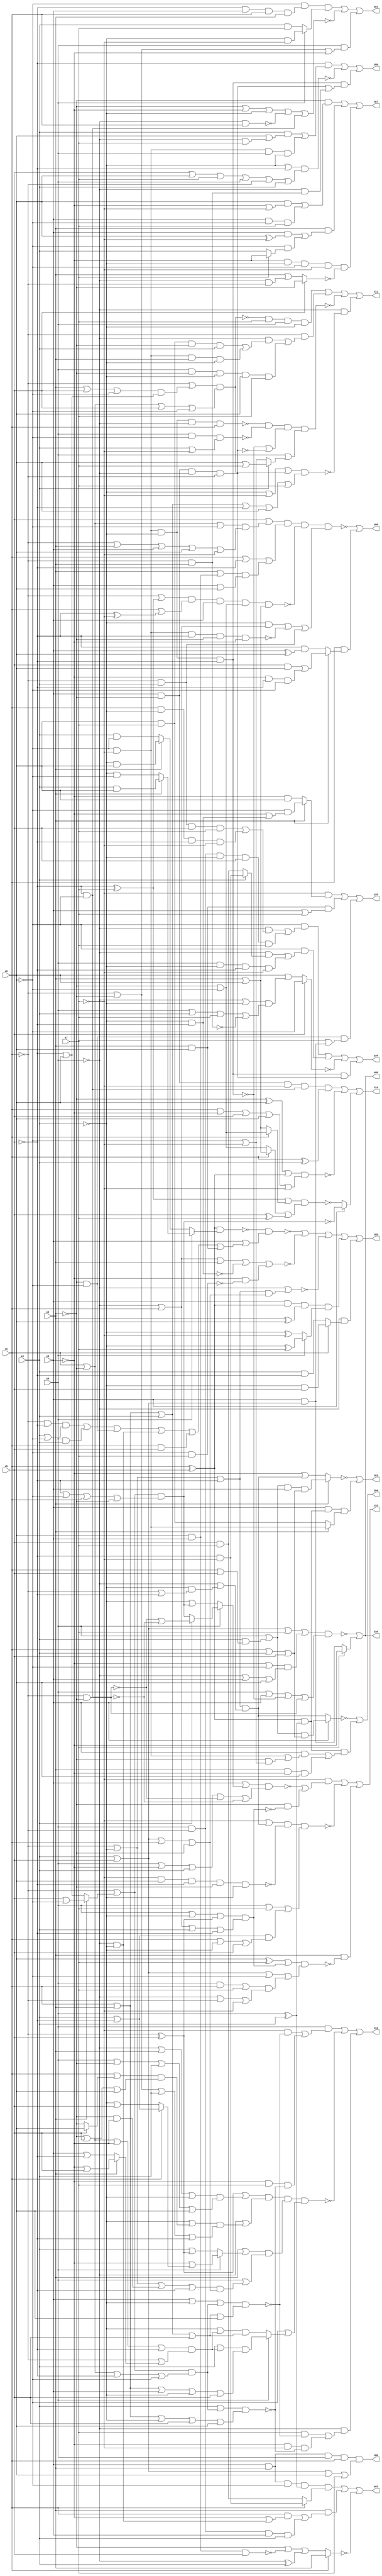
// Benchmark "q_1" written by ABC on Mon Feb 27 16:34:52 2023

module q_1 ( 
    x0, x1, x2, x3, x4, x5, x6, x7,
    z00, z01, z02, z03, z04, z05, z06, z07, z08, z09, z10, z11, z12, z13,
    z14, z15, z16  );
  input  x0, x1, x2, x3, x4, x5, x6, x7;
  output z00, z01, z02, z03, z04, z05, z06, z07, z08, z09, z10, z11, z12, z13,
    z14, z15, z16;
  wire n27, n29, n30, n31, n32, n34, n35, n36, n37, n39, n40, n42, n44, n45,
    n46, n47, n48, n49, n50, n51, n52, n53, n55, n56, n57, n58, n60, n62,
    n63, n64, n66, n67, n68, n69, n71, n72, n73, n75, n76, n77, n78, n79,
    n80, n81, n82, n84, n85, n86, n87, n88, n89, n90, n91, n93, n94, n95,
    n96, n97, n98, n100, n101, n102;
  assign z00 = n27 & (x4 | x5 | x6 | x7);
  assign n27 = x3 & x2 & x0 & x1;
  assign z01 = n29 | ~n31 | (x0 & (~x1 | ~x2 | ~x3));
  assign n29 = ~x6 & n30 & (x0 ? (~x4 & ~x7) : (x4 & x7));
  assign n30 = ~x5 & x3 & x1 & x2;
  assign n31 = ~x2 | ~x3 | ~x4 | ~n32 | (~x5 & ~x6);
  assign n32 = ~x0 & x1;
  assign z02 = (n35 & (x1 ? (~x5 & ~x7) : (x5 & x7))) | n34 | ~n36;
  assign n34 = x2 & ((x1 & (~x3 | (~x0 & ~x4))) | (x0 & ~x1 & x3 & x4));
  assign n35 = x2 & x3 & ~x6 & (x0 ^ x4);
  assign n36 = x1 ? x2 : (~x2 | ~n37 | (~x0 ^ x4));
  assign n37 = x6 & x3 & x5;
  assign z03 = ~n40 | (x3 & n39 & (x2 ? (~x6 & ~x7) : (x6 & x7)));
  assign n39 = (x1 ^ x5) & (x0 ^ x4);
  assign n40 = x2 ? ((x0 | (x4 & (x1 | x5))) & x3 & (x1 | x4 | x5)) : (~x3 | ((~x0 | (~x4 & (~x1 | ~x5))) & (~x1 | ~x4 | ~x5)));
  assign z04 = ~n42 | (n39 & ((x3 & ((~x6 & ~x7) | (~x2 & (~x6 | ~x7)))) | (x2 & ~x3 & x6)));
  assign n42 = x3 ? ((x0 | (x4 & (x1 | x5))) & (x1 | x4 | x5)) : ((~x0 | (~x4 & (~x1 | ~x5))) & (~x1 | ~x4 | ~x5));
  assign z05 = ~n51 | ~n48 | ~n47 | n44 | n46;
  assign n44 = n45 & (x0 ? (~x4 ^ x7) : (~x4 ^ ~x7));
  assign n45 = x3 & (x1 ^ x5) & (x2 ^ x6);
  assign n46 = ~x0 & (x1 ? (~x4 & x5) : (x4 & ~x5));
  assign n47 = ~x0 | ((~x1 | ~x4 | ~x5) & (x4 | x5 | x1 | ~x2));
  assign n48 = ~x0 | x1 | x2 | ~n49 | (~x3 & ~n50);
  assign n49 = ~x4 & ~x5;
  assign n50 = ~x6 & x7;
  assign n51 = ~n52 & (x3 | n53);
  assign n52 = (x1 ^ x5) & (x0 ? (x2 ? (x4 & x6) : (~x4 & ~x6)) : (x2 ? (~x4 & x6) : (x4 & ~x6)));
  assign n53 = (~x1 & ~x5 & (x4 | ~x6)) | (x0 & x4) | (~x2 & ~x6) | (~x0 & ~x4) | (x1 & x5) | (x2 & x6);
  assign z06 = ~n55 | (x1 & (x2 ? ((x5 & x6) | (~x3 & ~x5 & ~x6)) : (~x5 & (x3 ^ x6))));
  assign n55 = n56 & ~n57 & ((~x4 & (~x0 | x1)) | ~n58 | (~x1 & x4));
  assign n56 = (x5 | ((x1 | ~x2 | ~x6) & (~x1 | x2 | x3 | x6 | ~x7))) & (x1 | ~x5 | ((x2 | (x3 & x6)) & (x3 | x6)));
  assign n57 = (~x1 | (~x5 ^ x7)) & (x1 | (~x5 ^ ~x7)) & x3 & (~x2 | ~x6) & (x2 | x6);
  assign n58 = ~x7 & ~x6 & ~x5 & ~x2 & ~x3;
  assign z07 = (~x2 & ((x6 & (~x3 | ~x7)) | (x3 & ~x6 & x7))) | (x2 & ((x3 & (x6 ^ ~x7)) | (~x6 & (x7 ? ~x3 : x4)))) | (~x3 & ~x4 & ~x6 & ~x7 & ~n60);
  assign n60 = x5 ? ~x2 : (x2 | (~x0 & ~x1));
  assign z08 = ~n62 | (x7 ? ~x3 : (x3 & (x4 | x5)));
  assign n62 = n63 & (x0 | x3 | ~n64 | (~x1 & ~x2));
  assign n63 = x4 | x5 | x7 | ((~x3 | ~x6) & (~x0 | x3 | x6));
  assign n64 = ~x7 & ~x6 & ~x4 & ~x5;
  assign z09 = n67 | ~n68 | (n64 & (n69 | (~x0 & n66)));
  assign n66 = ~x1 & x2;
  assign n67 = ~x5 & ((x4 & (x6 | (~x0 & x7))) | (~x6 & ~x7 & x0 & ~x4));
  assign n68 = (~x4 | ~x5) & (x5 | x6 | x7 | x0 | ~x1 | x4);
  assign n69 = x3 & ~x2 & ~x0 & ~x1;
  assign z10 = n71 | n72 | ~n73 | (n64 & n69);
  assign n71 = ~x6 & ((~x0 & ((~x1 & x4 & x5 & x7) | (x1 & ~x4 & ~x5 & ~x7))) | (x0 & ~x1 & ~x4 & x5 & x7));
  assign n72 = ~x6 & ((~x0 & (x4 ? (~x5 & ~x7) : (x5 & x7))) | (x0 & ~x4 & ~x5 & ~x7));
  assign n73 = x5 ? ~x6 : (x6 | ((~x0 | ~x4) & (x0 | x4 | x7 | ~n66)));
  assign z11 = n76 | n78 | ~n79 | (~x0 & ~n75);
  assign n75 = (~x4 | ~x7 | ((~x1 | ((x2 | x5 | ~x6) & (~x5 | x6))) & (x1 | ~x2 | x5 | ~x6))) & (x1 | x2 | x4 | ~x5 | x6 | x7);
  assign n76 = ~n77 & x7 & x0 & ~x4;
  assign n77 = (~x1 | ((~x5 | x6) & (x2 | x5 | ~x6))) & (x1 | ~x2 | x5 | ~x6);
  assign n78 = ~x1 & ((~x0 & ((x6 & x7 & ~x2 & x4) | (~x6 & ~x7 & x2 & ~x4))) | (x0 & ~x2 & ~x4 & x6 & x7));
  assign n79 = ~n81 & ~n82 & (~n64 | ~n69) & (x0 | n80);
  assign n80 = x4 ? (x6 | x7) : (~x6 | ~x7);
  assign n81 = ~x7 & ~x6 & ~x4 & ~x0 & x1;
  assign n82 = x0 & ~x6 & (x4 | ~x7);
  assign z12 = (~x7 & (~n84 | (~x2 & ~n89))) | ~n90 | (x2 & ~n88);
  assign n84 = (x3 | (x0 ? (x4 ? (~n85 | ~n86) : n87) : (~x4 | n87))) & (x0 | ~x3 | x4 | ~n85 | ~n86);
  assign n85 = ~x1 & ~x2;
  assign n86 = ~x5 & ~x6;
  assign n87 = (~x1 | (x2 ? (x5 | ~x6) : (~x5 | x6))) & (~x5 | ~x6 | x1 | ~x2);
  assign n88 = ((x6 ^ x7) | ((x0 | ~x4 | (~x1 ^ x5)) & (~x0 | x1 | x4 | ~x5))) & (x4 | x5 | ~x6 | (((x0 & x1) | x7) & (~x0 | ~x1 | ~x7)));
  assign n89 = (x0 | ~x4 | (~x1 ^ x5)) & (~x0 | x1 | x4 | ~x5);
  assign n90 = (~x7 | ((~x1 | ~x4 | ~x5) & (~x0 | (~x4 & (~x1 | ~x5))))) & ~n91 & (x0 | x7 | ((x4 | ~x5) & (x1 | ~x4 | x5)));
  assign n91 = ~x7 & x6 & ~x5 & ~x2 & ~x4;
  assign z13 = (x0 & ((~x7 & ~n93) | (~x3 & x7 & ~n94))) | ~n95 | (~x0 & ((x7 & ~n93) | (~x3 & ~x7 & ~n94)));
  assign n93 = (x3 | ~x4 | ((~x1 | (x2 ? (x5 | ~x6) : (~x5 | x6))) & (x1 | ~x2 | ~x5 | ~x6))) & (x1 | x2 | x4 | x5 | x6);
  assign n94 = (x4 | ((~x1 | (x2 ? (x5 | ~x6) : (~x5 | x6))) & (x1 | ~x2 | ~x5 | ~x6))) & (x1 | x2 | ~x4 | x5 | x6);
  assign n95 = n97 & n98 & (~x6 | n96);
  assign n96 = x0 ? ((x4 | ((x1 | ~x2 | ~x3 | ~x5) & (~x1 | (x2 ? (~x3 | x5) : (x3 | ~x5))))) & (x1 | x2 | x3 | ~x4 | x5)) : ((~x4 | ((x1 | ~x2 | ~x3 | ~x5) & (~x1 | (x2 ? (~x3 | x5) : (x3 | ~x5))))) & (x1 | x2 | x4 | x5));
  assign n97 = ((~x1 ^ x5) | ((~x0 | x2 | ~x4) & (x0 | ~x2 | x4 | x6))) & (~x0 | ((~x4 | ((x1 | (x5 ? x6 : ~x2)) & (~x2 | x5 | x6))) & (~x1 | ~x2 | x4 | ~x5)));
  assign n98 = (x2 | (x0 ? (~x3 | (x1 ? (x4 | ~x5) : (~x4 | x5))) : (x4 | (~x1 ^ x5)))) & (x0 | ((~x1 | ~x4 | (~x2 & ~x3) | ~x5) & (x4 | x5 | x1 | ~x2)));
  assign z14 = n101 | ~n102 | (x3 ? ~n87 : ~n100);
  assign n100 = ((~x5 ^ x7) | (x1 ? (~x2 | ~x6) : (x2 | x6))) & ((x1 ? (x2 | x6) : (~x2 | ~x6)) | (x5 ^ x7));
  assign n101 = ~x2 & x3 & ~x7 & n86 & (x1 ^ x4);
  assign n102 = ((~x2 ^ x6) | (x1 ^ x5)) & (x1 | ~x3 | x5 | x6 | ~x7);
  assign z15 = (~x7 & (x2 ? (~x6 & (~x3 | (~x4 & ~x5))) : (~x3 & x6))) | (x2 & x6 & (x3 | x7)) | (~x2 & ~x6 & (x7 | (x3 & (x4 | x5))));
  assign z16 = ~n62 | (x7 ? ~x3 : (x3 & (x4 | x5)));
endmodule